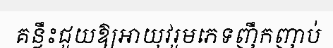
គន្លឹះជួយឱ្យអាយុវរួមភេទញឹកញាប់